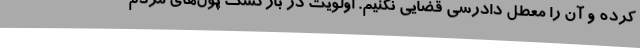
کرده و آن را معطل دادرسی قضایی نکنیم. اولویت در بازگشت پول‌های مردم